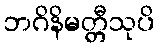
ဘဂိနိမတ္တီသုပိ